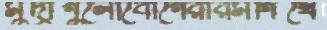
মুদ্রাগুলোবৌগেরারমগিখে